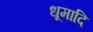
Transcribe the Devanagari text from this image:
धूमादि